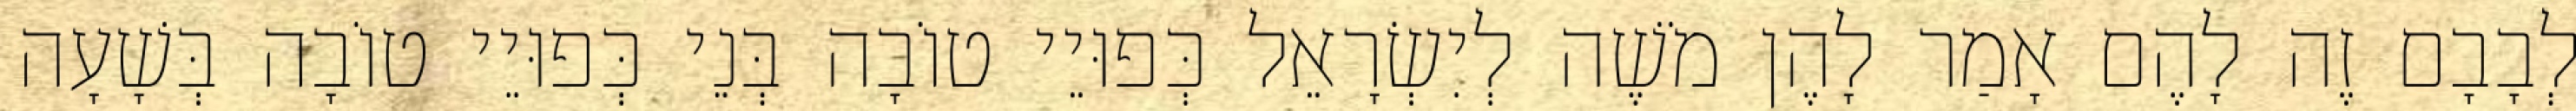
לְבָבָם זֶה לָהֶם אָמַר לָהֶן מֹשֶׁה לְיִשְׂרָאֵל כְּפוּיֵי טוֹבָה בְּנֵי כְּפוּיֵי טוֹבָה בְּשָׁעָה